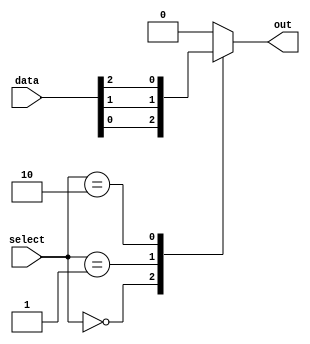
module mux_64to1 (
  input [63:0] data,
  input [5:0] select,
  output reg out
);

always @(*) begin
  case (select)
    6'b000000: out = data[0];
    6'b000001: out = data[1];
    6'b000010: out = data[2];
    // add cases for all 64 inputs
    // ....
    default: out = 1'b0; // default output value
  endcase
end

endmodule